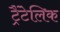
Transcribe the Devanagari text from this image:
ट्रैंटेलिक